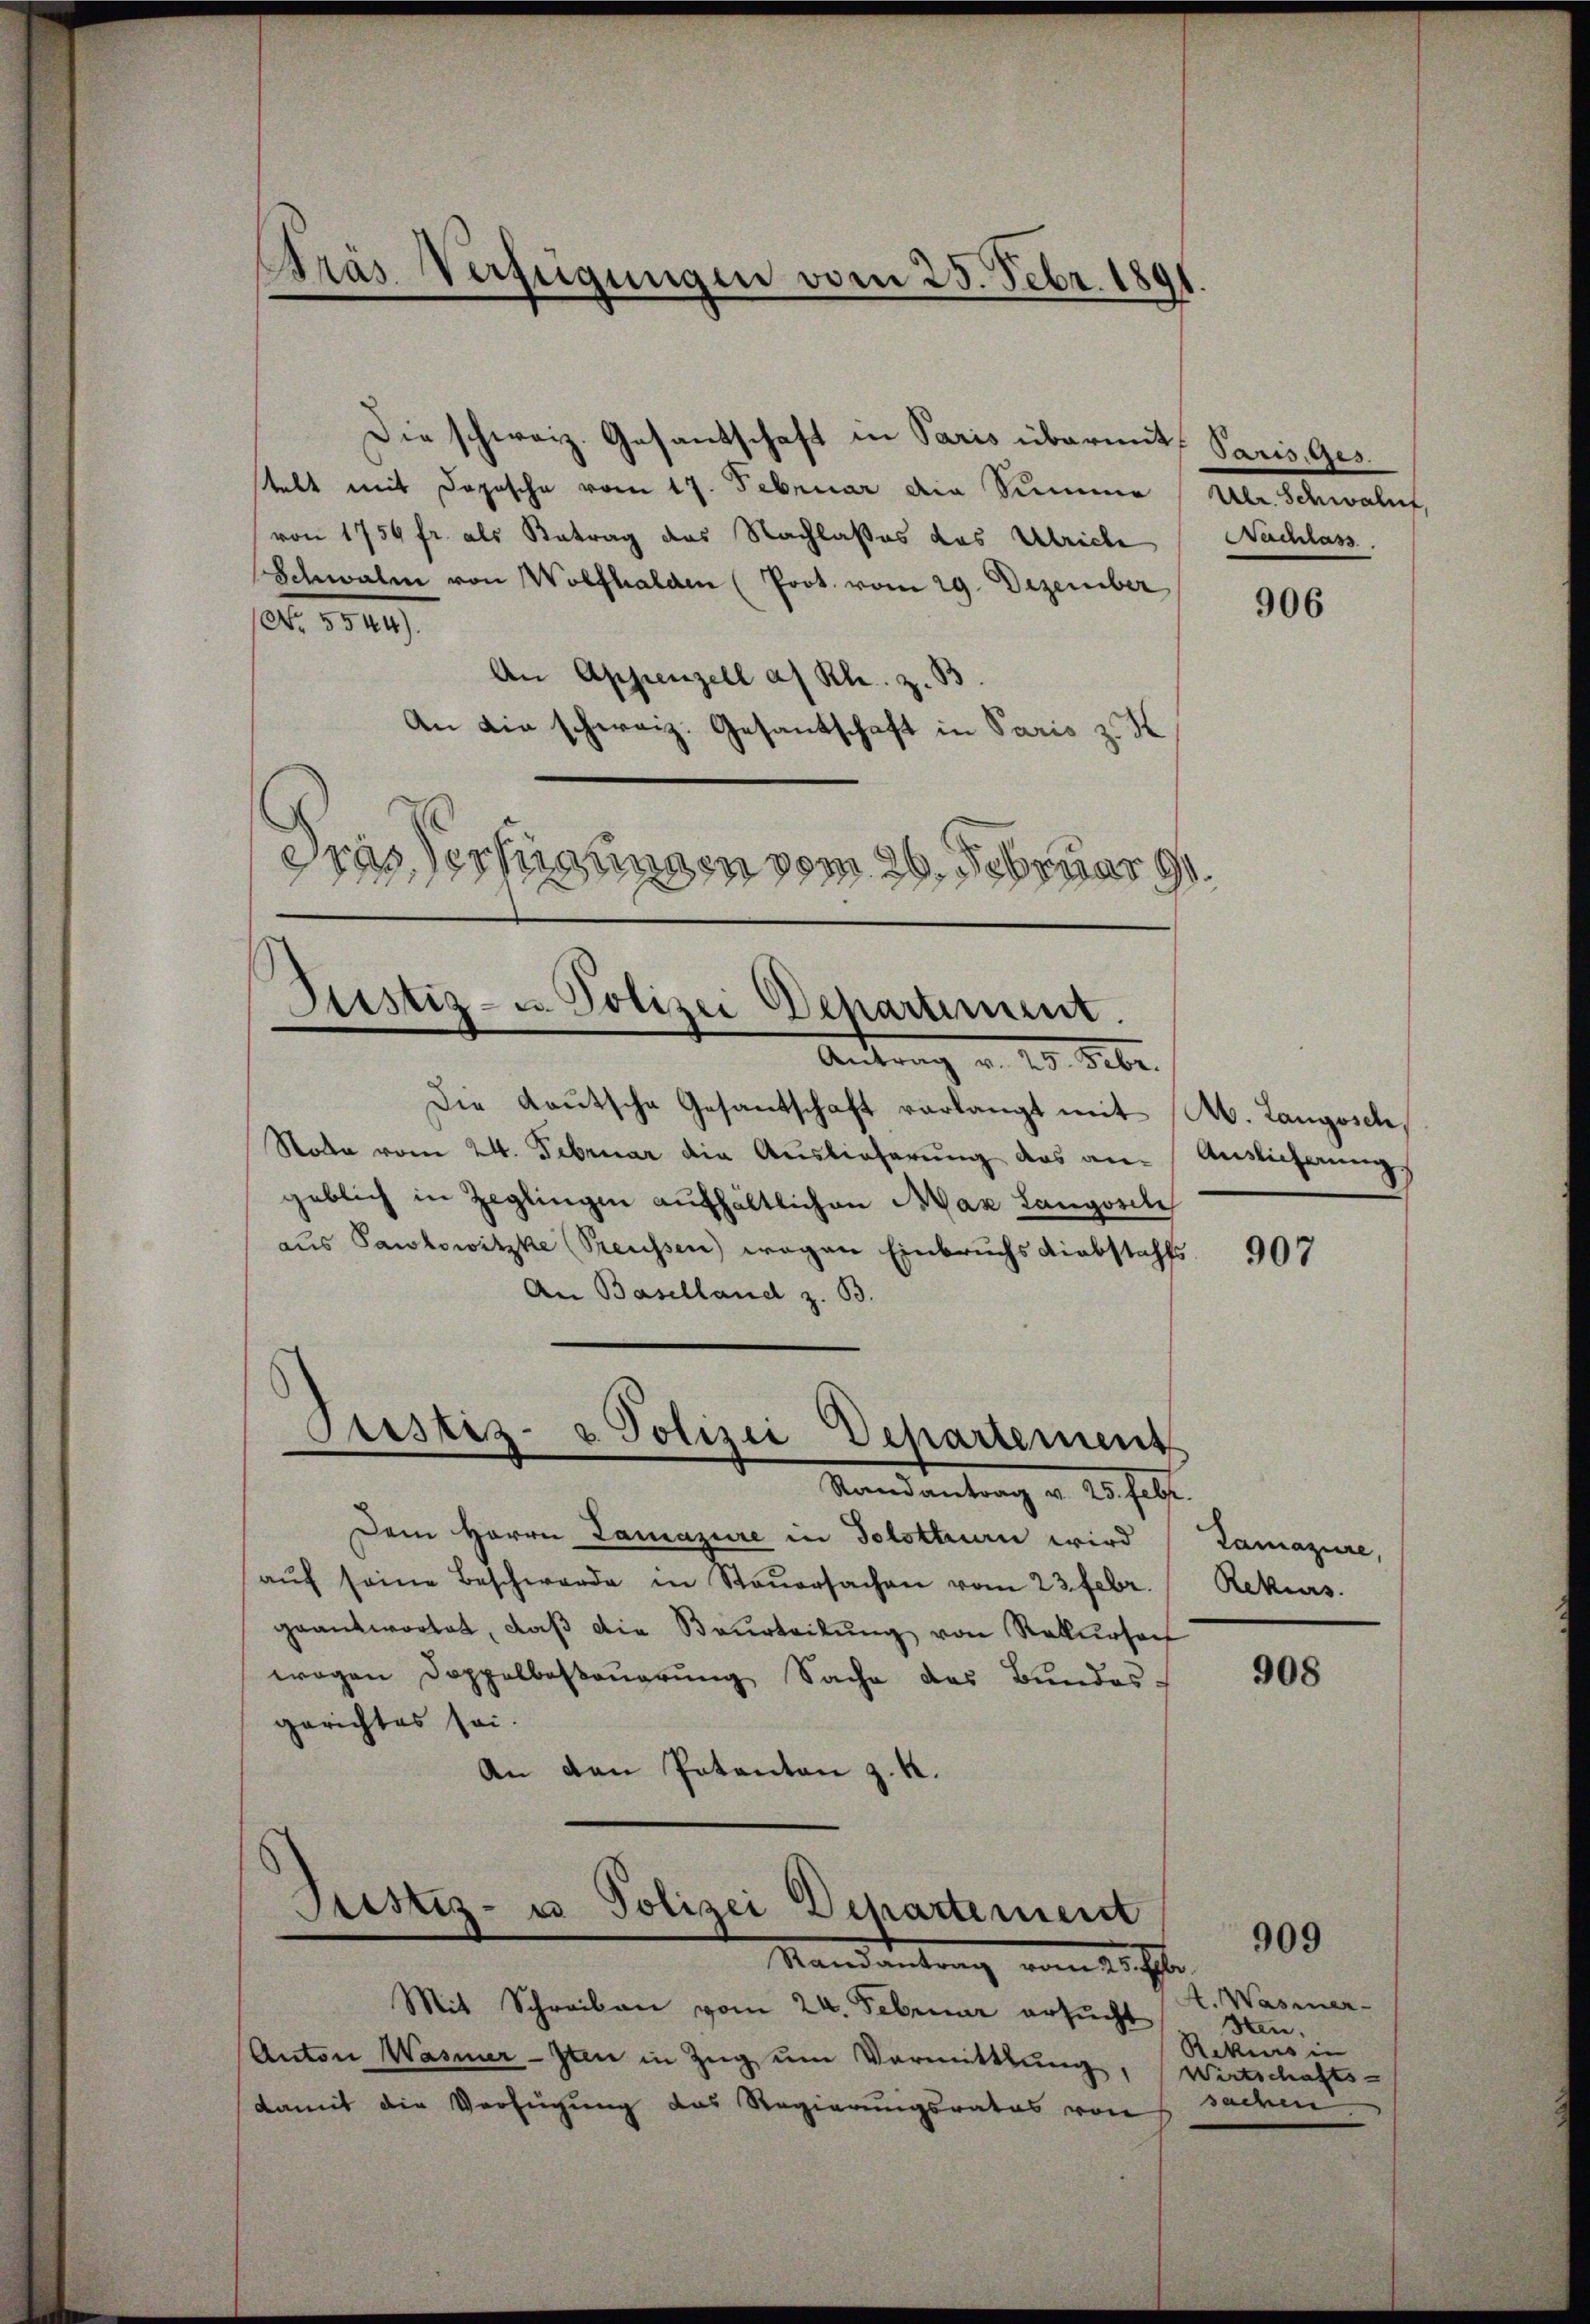
Präs. Verfügungen vom 25. Febr. 189

Die schweiz. Gesandschaft in Paris übermit Paris, Gestelt mit Dosische vom 17. Februar die Summe (Ulr. Schwaluf,
von 1750 fr. als Betrag des Nachlaßes das Ulriche Nachlass.
Schwalm von Wolfhalden (Poot. vom 29. Dezember
No. 5544).
An Appenzell a. Rh. z. B
An die schweiz. Gesandschaft in Paris z. K
Dras Verfügungen vom 26. Februar 191.

Justiz- u. Polizei Departiment.
Antrag v. 25. Febr.

Die Kautsche Gesantschaft verlangt mit A. Langosch,
Note vom 24. Februar die Auslieferŭng des an Auslicherŭng
geblich in Zeglingen aufhältlichen Max Langovile
aus Pawlowitzke (Preussen) wegen Einbruchs Liebstahls
An Baselland z. B.
Justiz- & Polizei Departement
Randantrag v. 25. Febr.
Dem Herrn Lamazire in Solotten wird
aŭf seine Beschwerde in Steŭersachen vom 23. Febr. Rekurs
geantwortet, daß die Beurteilung von Rekursach
wegen Doppelbasaŭerŭng Sache des Bundes-
gerichtes sei.
An den Patenten z. K.

Justiz- u Polizei Departement
Randantrag vom 25. Eli

Mit Schreiben vom 24. Februar ersucht
Anton Wasner-Iten in Zŭg ŭm Vormittlung, Wirtschafts-
damit die Verfügung das Regierungsrates von

906

907

Lamazire,

908

909

A. Wasner-
Sten.
Rekurs in
sachen